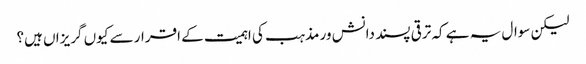
لیکن سوال یہ ہے کہ ترقی پسند دانش ور مذہب کی اہمیت کے اقرار سے کیوں گریزاں ہیں؟